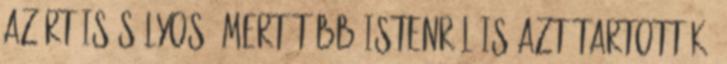
azért is súlyos, mert több istenről is azt tartották,